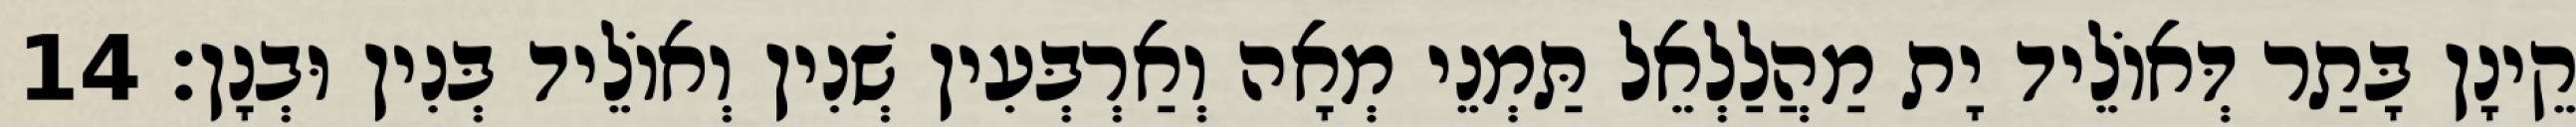
קֵינָן בָּתַר דְּאוֹלֵיד יָת מַהֲלַלְאֵל תַּמְנֵי מְאָה וְאַרְבְּעִין שְׁנִין וְאוֹלֵיד בְּנִין וּבְנָן׃ 14